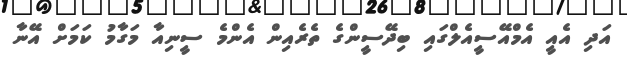
އަދި އެއީ އެމްއޭސީއެލްގައި ބިދޭސީންގެ ތެރެއިން އެންމެ ސީނިއާ މަގާމު ކަމަށް އޭނާ